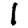
Digit: 1